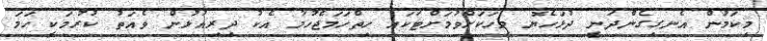
މިކަމުން އެނގިގެންދަނީ ދުޅަހެޔޮ މީހަކަށްވުމަށްޓަކައި ހިތްހަމަޖެހުމާ އެކު ދިރިއުޅުން ވެއަތު ކުރުމަކީ ހަމަ